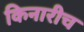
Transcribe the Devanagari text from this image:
किनारीच